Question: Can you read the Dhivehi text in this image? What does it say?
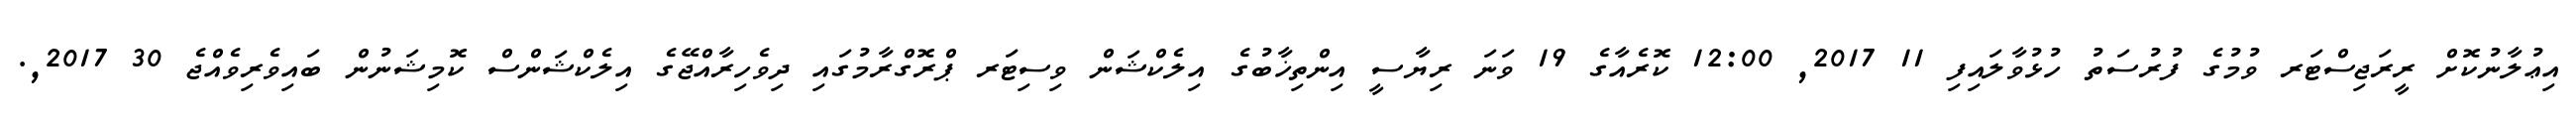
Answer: އިޢުލާނުކޮށް ރީރަޖިސްޓަރ ވުމުގެ ފުރުސަތު ހުޅުވާލައިފި 11 2017, 12:00 ކޮރެއާގެ 19 ވަނަ ރިޔާސީ އިންތިޚާބުގެ އިލެކްޝަން ވިސިޓަރ ޕްރޮގްރާމުގައި ދިވެހިރާއްޖޭގެ އިލެކްޝަންސް ކޮމިޝަނުން ބައިވެރިވެއްޖެ 30 2017,.